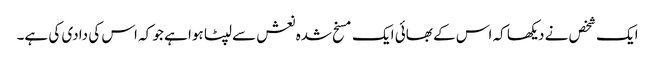
ایک شخص نے دیکھا کہ اس کے بھائی ایک مسخ شدہ نعش سے لپٹا ہوا ہے جو کہ اس کی دادی کی ہے۔